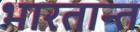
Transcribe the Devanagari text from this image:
भारतान्त